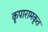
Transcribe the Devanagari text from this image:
कृपारामकृत